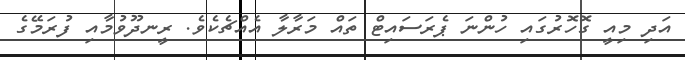
އަދި މިއީ ގޮހޮރުގައި ހުންނަ ޕެރަސައިޓް ތައް މަރާލާ އެއްޗެކެވެ. ރީނދޫވުމާއި ފުރަމޭގެ